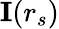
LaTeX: \mathbf{I}(r_{s})